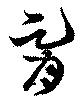
胥